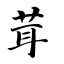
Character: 茸